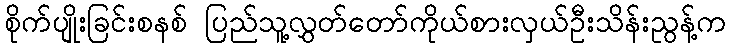
စိုက်ပျိုးခြင်းစနစ် ပြည်သူ့လွှတ်တော်ကိုယ်စားလှယ်ဦးသိန်းညွန့်က